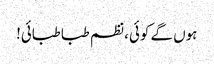
ہوں گے کوئی، نظم طبا طبائی!